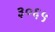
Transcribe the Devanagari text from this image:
३०६५